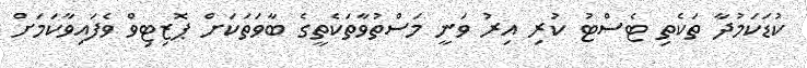
ކުޑަކަމުދާ ތަކެތި ޓެސްޓު ކުރި އިރު ވަނީ މަސްތުވާތަކެތީގެ ބާވަތަކަށް ޕޮޒިޓިވް ވެފައިވާކަމަށް